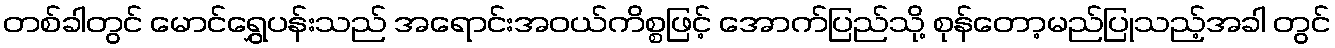
တစ်ခါတွင် မောင်ရွှေပန်းသည် အရောင်းအဝယ်ကိစ္စဖြင့် အောက်ပြည်သို့ စုန်တော့မည်ပြုသည့်အခါ တွင်